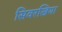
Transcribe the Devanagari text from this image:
सिवरखिया